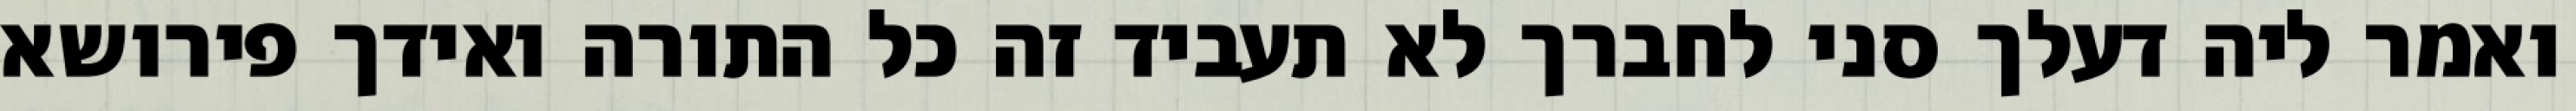
ואמר ליה דעלך סני לחברך לא תעביד זה כל התורה ואידך פירושא